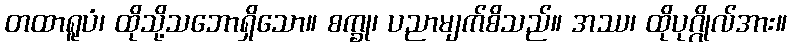
တထာရူပံ၊ ထိုသို့သဘောရှိသော။ စက္ခု၊ ပညာမျက်စိသည်။ အဿ၊ ထိုပုဂ္ဂိုလ်အား။